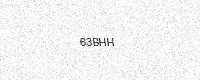
Text: 63BHH